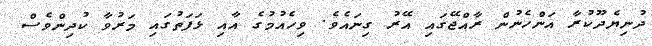
ދުނިޔެދޫކުރާ އަންހެނުން ރާއްޖޭގައި އޭރު ގިނައެވެ. ވިހެއުމުގެ އާއި ޅަފަތުގައި މަރުވާ ކުދިންވެސް